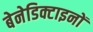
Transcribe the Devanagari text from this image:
बेनेडिक्टाइनों